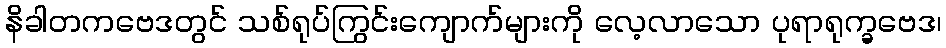
နိခါတကဗေဒတွင် သစ်ရုပ်ကြွင်းကျောက်များကို လေ့လာသော ပုရာရုက္ခဗေဒ၊